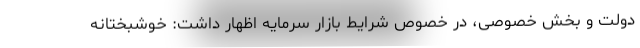
دولت و بخش خصوصی، در خصوص شرایط بازار سرمایه اظهار داشت: خوشبختانه